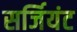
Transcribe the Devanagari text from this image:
सर्जियंट